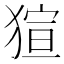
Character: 𤟿